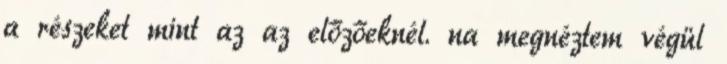
a részeket mint az az előzőeknél. na megnéztem végül